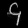
Digit: ၄